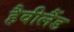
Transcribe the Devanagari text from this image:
हैवीलैंड